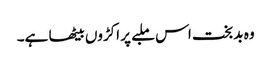
وہ بد بخت اس ملبے پر اکڑوں بیٹھا ہے۔